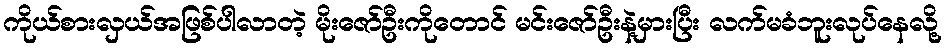
ကိုယ်စားလှယ်အဖြစ်ပါလာတဲ့ မိုးဇော်ဦးကိုတောင် မင်းဇော်ဦးနဲ့မှားပြီး လက်မခံဘူးလုပ်နေလို့